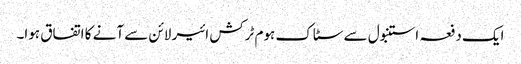
ایک دفعہ استنبول سے سٹاک ہوم ٹرکش ائیر لائن سے آنے کا اتفاق ہوا۔